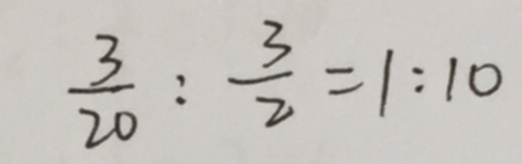
\frac { 3 } { 2 0 } : \frac { 3 } { 2 } = 1 : 1 0